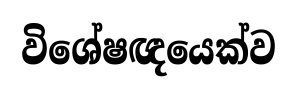
විශේෂඥයෙක්ව